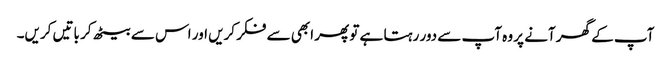
آپ کے گھر آنے پر وہ آپ سے دور رہتا ہے تو پھر ابھی سے فکر کریں اور اس سے بیٹھ کر باتیں کریں۔